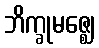
ဘိက္ခုမဇ္ဈေ